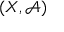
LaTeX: ( X , { \mathcal { A } } )